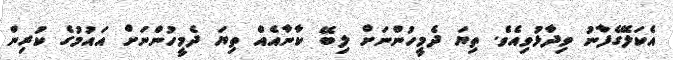
އެކަލޭގެފާނު ވިދާޅުވިއެވެ. ތިޔަ ދެމީހުންނަށް ލިބޭ ކާނާއެއް ތިޔަ ދެމީހުންނަށް އައުމުގެ ކުރިން